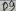
Text: D7